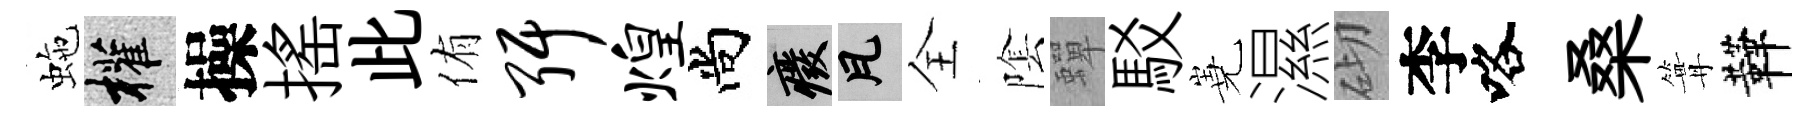
虵權操揺此侑弭煌尚廢瓦全隂蟬駁嶤濕砌李咯桑篝鞾